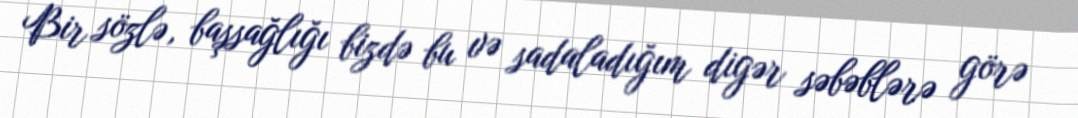
Bir sözlə, başsağlığı bizdə bu və sadaladığım digər səbəblərə görə